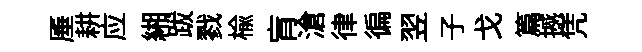
厜耕应緗跋戮榆肓滄律徧翌子戈篇撼凭